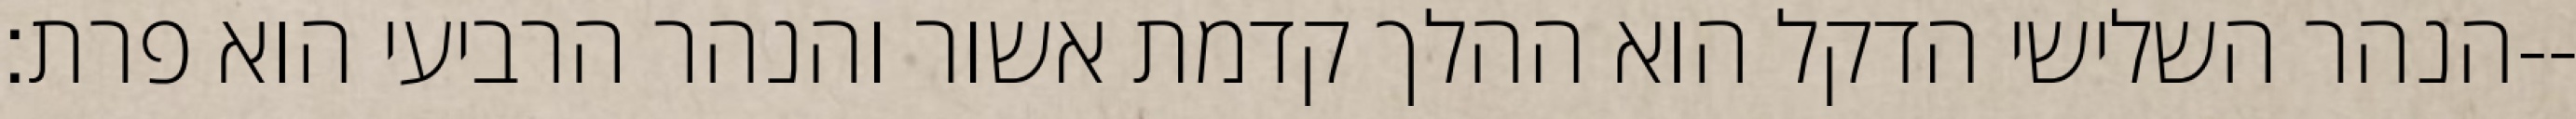
הנהר השלישי הדקל הוא ההלך קדמת אשור והנהר הרביעי הוא פרת׃--